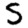
Digit: 5